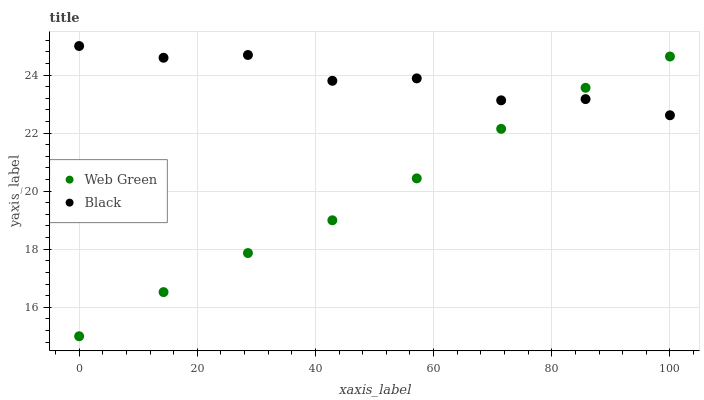
| xaxis_label | Web Green | Black |
 | --- | --- | --- |
 | 0 | 15 | 25 |
 | 14.3 | 16.5 | 24.6 |
 | 28.6 | 17.9 | 24.7 |
 | 42.9 | 19 | 23.8 |
 | 57.1 | 20.4 | 23.9 |
 | 71.4 | 22.1 | 23.1 |
 | 85.7 | 23.6 | 23.2 |
 | 100 | 24.6 | 22.6 |